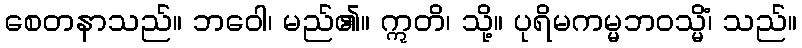
စေတနာသည်။ ဘဝေါ၊ မည်၏။ ဣတိ၊ သို့။ ပုရိမကမ္မဘဝသ္မိံ၊ သည်။